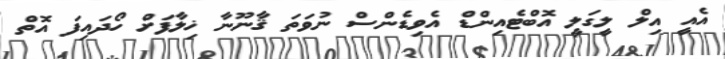
އެއީ އިލް ލީގަލީ އޮބްޓެއިންޑް އެވިޑެންސް ނުވަތަ ޤާނޫނާ ޚިލާފަށް ހޯދައިފަ އޮތް